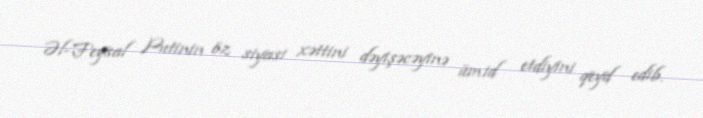
Əl-Feysal Putinin öz siyasi xəttini dəyişəcəyinə ümid etdiyini qeyd edib.